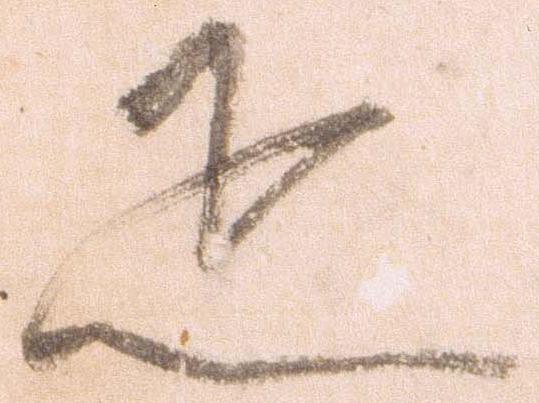
疋